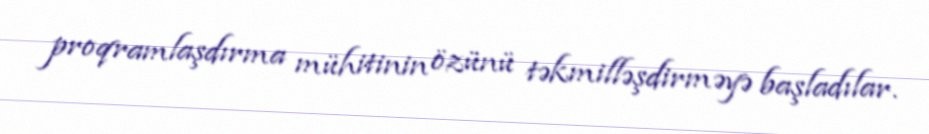
proqramlaşdırma mühitinin özünü təkmilləşdirməyə başladılar.